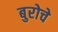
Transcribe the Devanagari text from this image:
बुरोचे